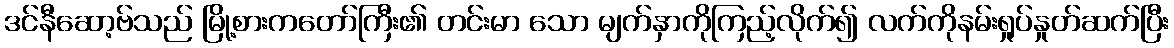
ဒင်နီဆော့ဗ်သည် မြို့စားကတော်ကြီး၏ တင်းမာ သော မျက်နှာကိုကြည့်လိုက်၍ လက်ကိုနမ်းရှုပ်နှုတ်ဆက်ပြီး